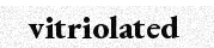
vitriolated